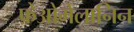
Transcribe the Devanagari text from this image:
फ़ेओमेलानिन